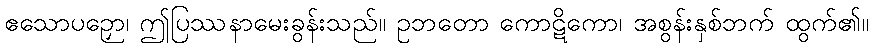
ဧသောပဉှော၊ ဤပြဿနာမေးခွန်းသည်။ ဥဘတော ကောဋိကော၊ အစွန်းနှစ်ဘက် ထွက်၏။